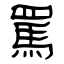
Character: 罵